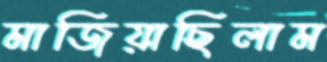
মাজিয়াছিলাম